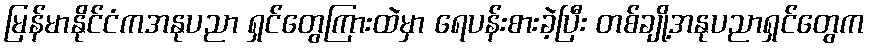
မြန်မာနိုင်ငံကအနုပညာ ရှင်တွေကြားထဲမှာ ရေပန်းစားခဲ့ပြီး တစ်ချို့အနုပညာရှင်တွေက